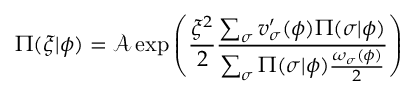
\Pi ( \xi \vert \phi ) = \mathcal { A } \exp \left( \frac { \xi ^ { 2 } } { 2 } \frac { \sum _ { \sigma } v _ { \sigma } ^ { \prime } ( \phi ) \Pi ( \sigma \vert \phi ) } { \sum _ { \sigma } \Pi ( \sigma \vert \phi ) \frac { \omega _ { \sigma } ( \phi ) } { 2 } } \right)